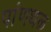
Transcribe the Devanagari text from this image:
पांणथळ